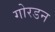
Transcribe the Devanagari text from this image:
गोरडन